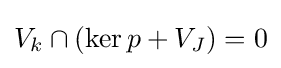
V_{k}\cap (\operatorname {ker} p+V_{J})=0